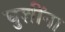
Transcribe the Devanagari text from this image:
घुशींना